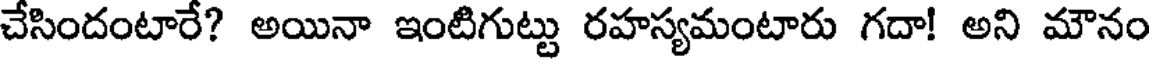
చేసిందంటారే? అయినా ఇంటిగుట్టు రహస్యమంటారు గదా! అని మౌనం